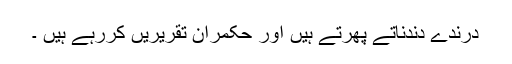
درندے دندناتے پھرتے ہیں اور حکمران تقریریں کررہے ہیں ۔